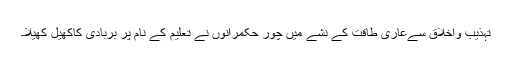
تہذیب واخلاق سےعاری طاقت کے نشے میں چور حکمرانوں نے تعلیم کے نام پر بربادی کاکھیل کھیلا۔